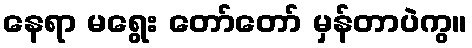
နေရာ မရွေး တော်တော် မှန်တာပဲကွ။